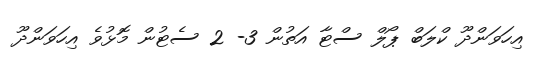
އިހަވަންދޫ ކްލަބް ޕޯލް ސްޓާ އަތުން 3- 2 ސެޓުން މޮޅުވެ އިހަވަންދޫ